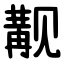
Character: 觏